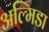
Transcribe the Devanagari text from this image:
अल्मिडा